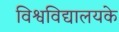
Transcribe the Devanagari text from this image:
विश्वविद्यालयके